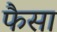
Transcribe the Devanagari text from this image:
फैसा